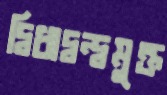
দ্বিধাদ্বন্দ্বমুক্ত